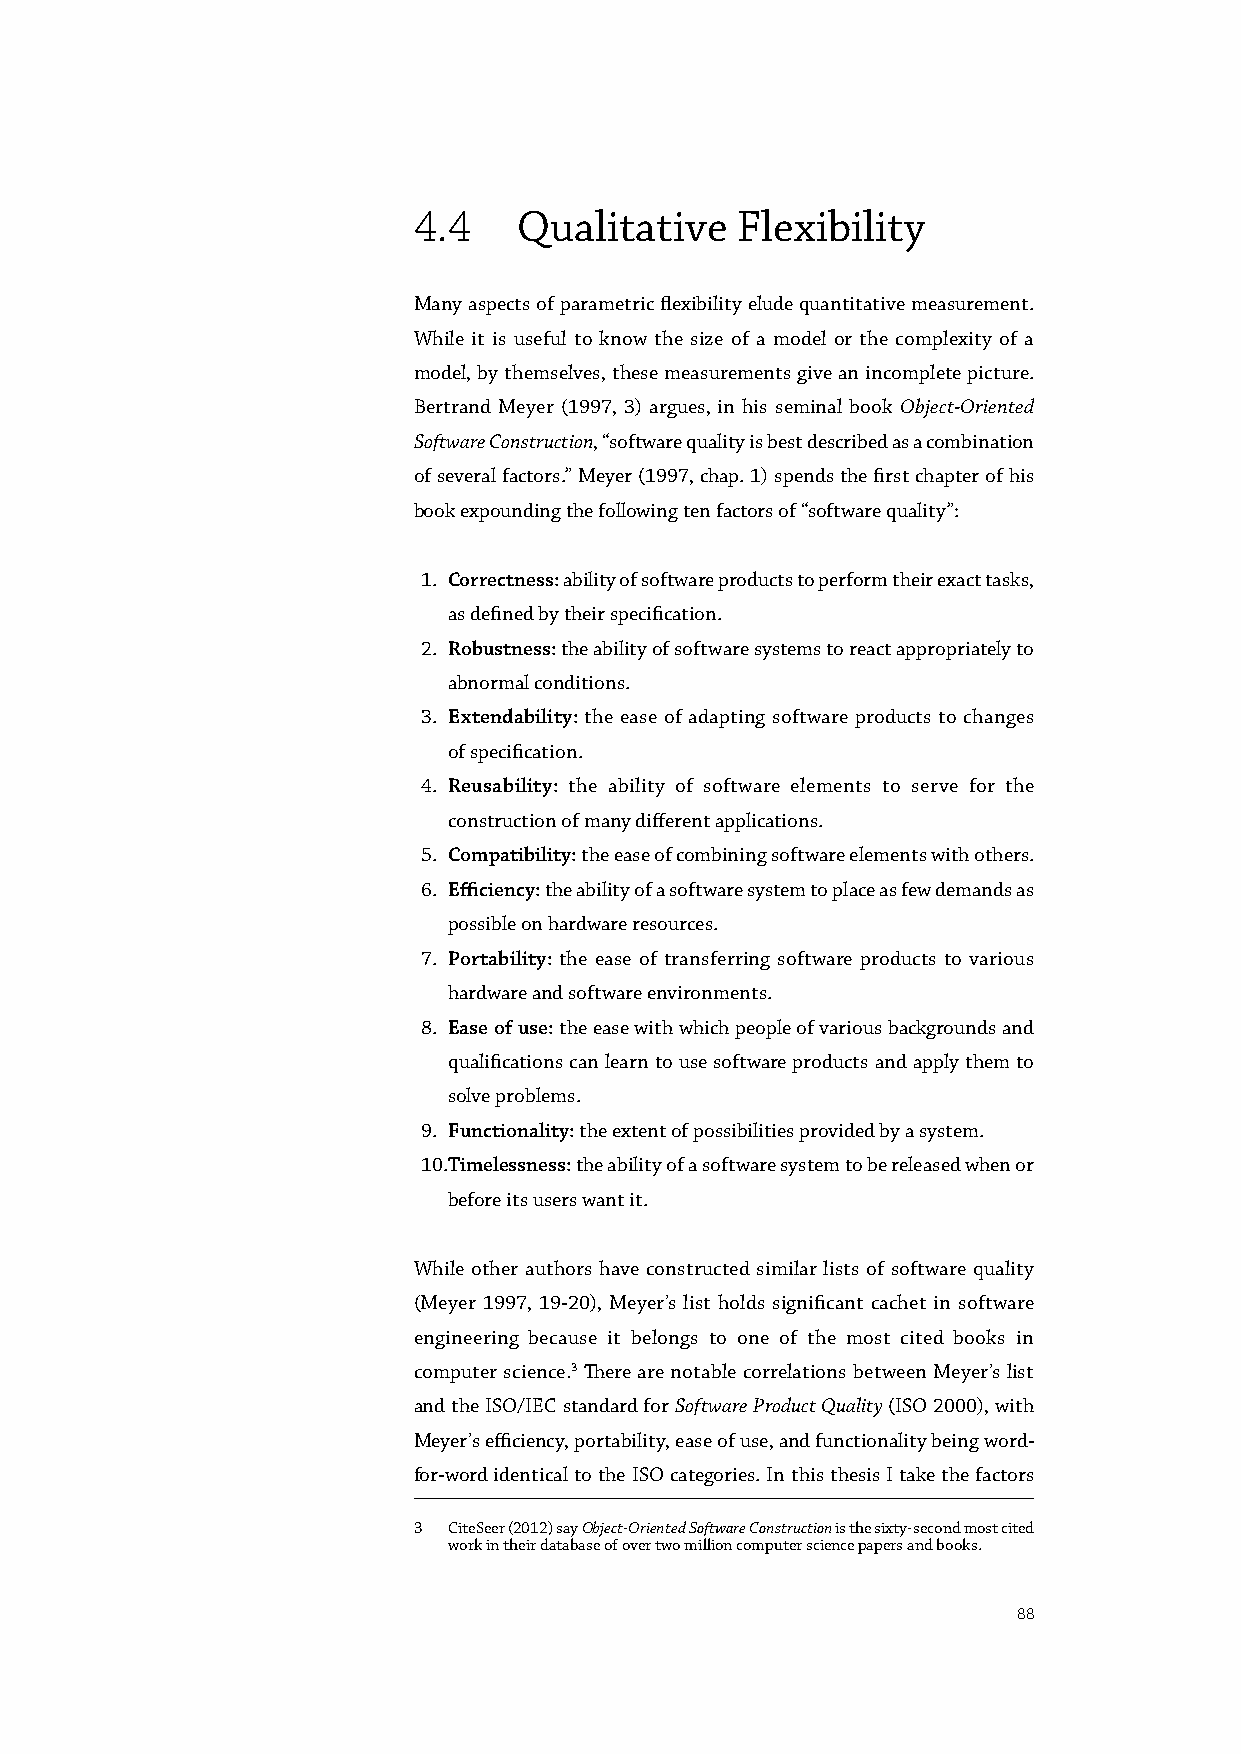
4.4    Qualitative    Flexibility
 Many aspects of parametric flexibility elude quantitative measurement.
 While it is useful to know the size of a model or the complexity of a
 model, by themselves, these measurements give an incomplete picture.
 Bertrand Meyer (1997, 3) argues, in his seminal book Object-Oriented
 Software Construction, “software quality is best described as a combination
 of several factors.” Meyer (1997, chap. 1) spends the first chapter of his
 book expounding the following ten factors of “software quality”:
 1. Correctness: ability of software products to perform their exact tasks,
 as defined by their specification.
 2. Robustness: the ability of software systems to react appropriately to
 abnormal conditions.
 3. Extendability: the ease of adapting software products to changes
 of specification.
 4. Reusability: the ability of software elements to serve for the
 construction of many different applications.
 5. Compatibility: the ease of combining software elements with others.
 6. Efficiency: the ability of a software system to place as few demands as
 possible on hardware resources.
 7. Portability: the ease of transferring software products to various
 hardware and software environments.
 8. Ease of use: the ease with which people of various backgrounds and
 qualifications can learn to use software products and apply them to
 solve problems.
 9. Functionality: the extent of possibilities provided by a system.
 10. Timelessness: the ability of a software system to be released when or
 before its users want it.
 While other authors have constructed similar lists of software quality
 (Meyer 1997, 19-20), Meyer’s list holds significant cachet in software
 engineering because it belongs to one of the most cited books in
 computer science.3 There are notable correlations between Meyer’s list
 and the ISO/IEC standard for Software Product Quality (ISO 2000), with
 Meyer’s efficiency, portability, ease of use, and functionality being word-
 for-word identical to the ISO categories. In this thesis I take the factors
 3  CiteSeer (2012) say Object-Oriented Software Construction is the sixty-second most cited
 work in their database of over two million computer science papers and books.
 88